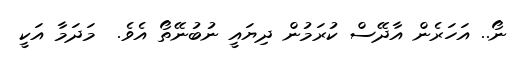
ނޯ.. އަހަރެން އާދޭސް ކުރަމުން ދިޔައީ ނުބުނޭތޯ އެވެ.  މަދަމާ އަކީ